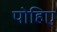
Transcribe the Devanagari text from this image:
पोहिए